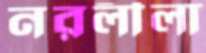
নরলীলা